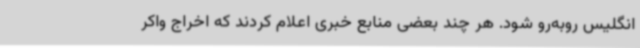
انگلیس روبه‌رو شود. هر چند بعضی منابع خبری اعلام کردند که اخراج واکر